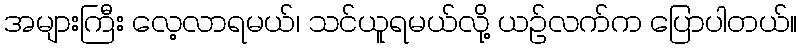
အများကြီး လေ့လာရမယ်၊ သင်ယူရမယ်လို့ ယဉ်လက်က ပြောပါတယ်။